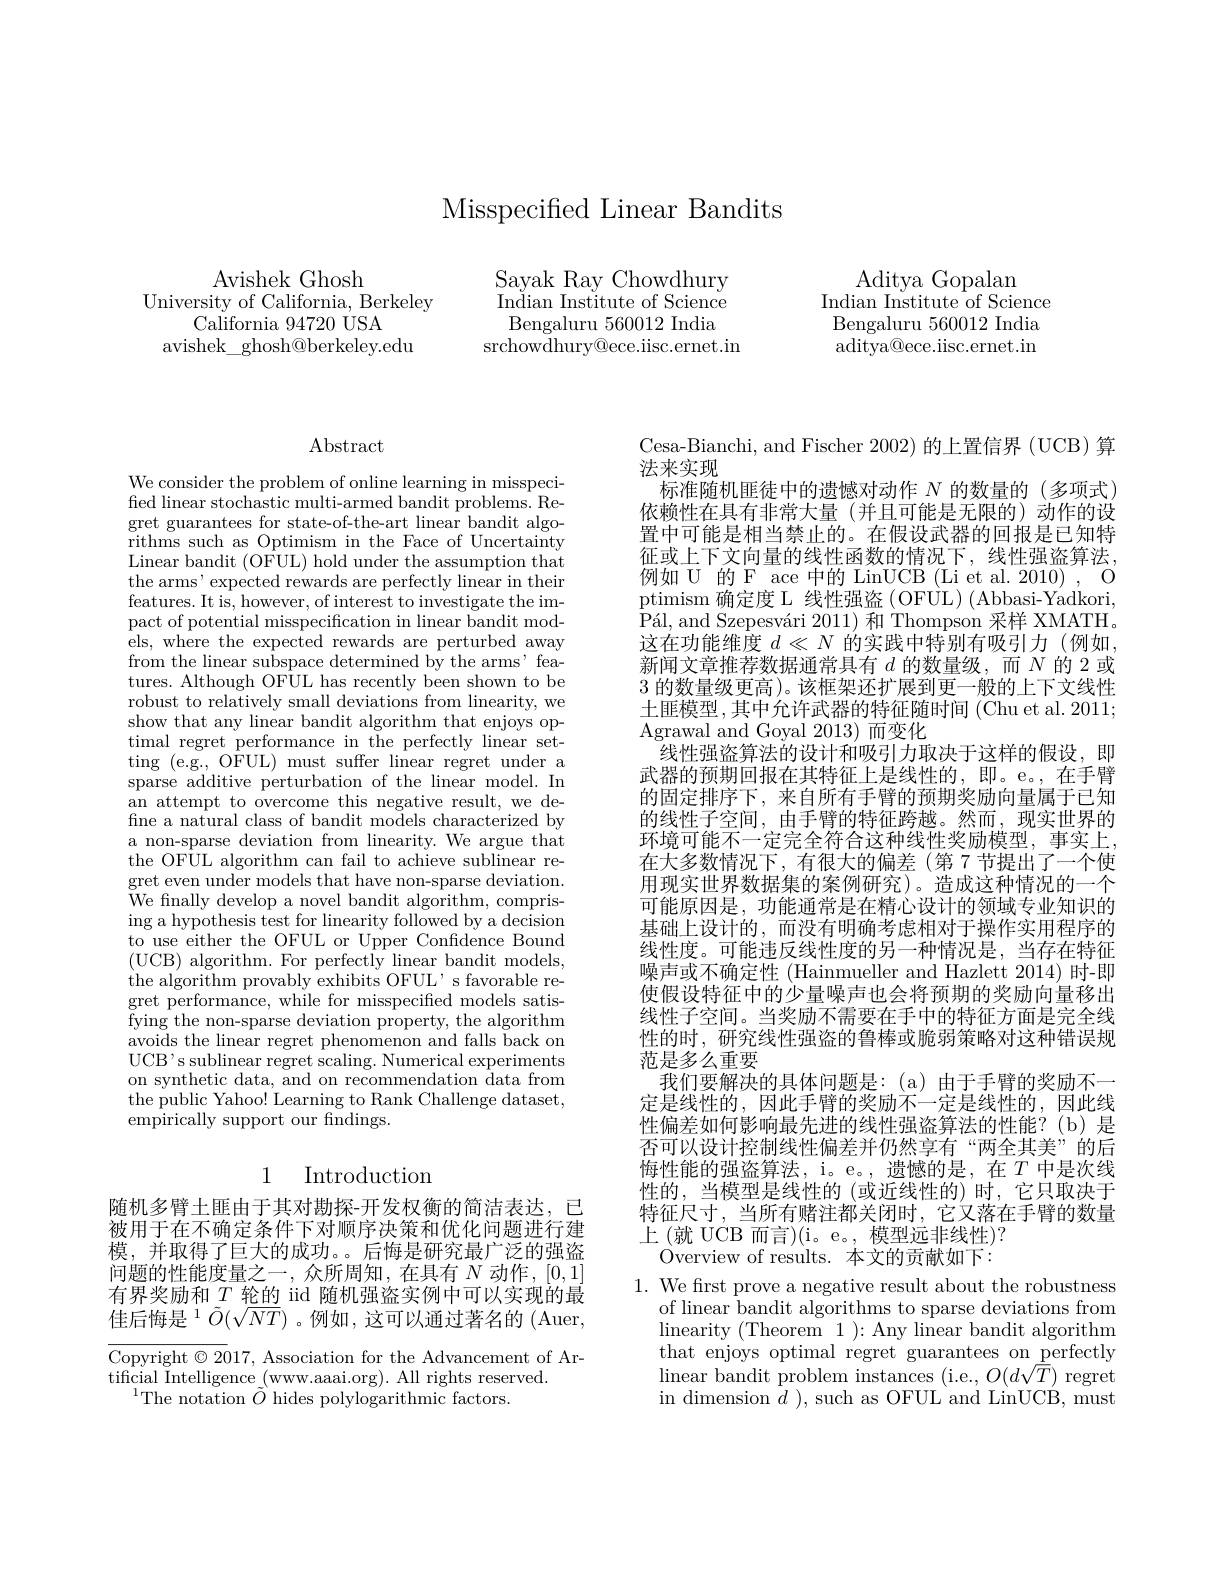
Misspecified Linear Bandits

Aditya Gopalan
Indian Institute of Science Bengaluru 560012 India aditya@ece.iisc.ernet.in

Avishek Ghosh
University of California, Berkeley
California 94720 USA
avishek\_ghosh@berkeley.edu

Sayak Ray Chowdhury In$\overset{\mathrm{Indian~Institute~of~Science}}$ Bengaluru 560012 India
srchowdhury@ece.iisc.ernet.in

$\operatorname{Abstract}$

We consider the problem of online learning in misspecified linear stochastic multi-armed bandit problems. Re- $\begin{array}{c}\mathrm{gret~guarantees~for~state-of-the-art~linear~bandit~algo-}\\\mathrm{gret~guarantees~for~state-of-the-art~linear~bandit~algo-}\end{array}$ $\bar{\text{rithms such as Optimism in the Face of Uncertainty}}$ Linear bandit (OFUL) hold under the assumption that the arms' expected rewards are perfectly linear in their features. It is, however, of interest to investigate the impact of potential misspecification in linear bandit models, where the expected rewards are perturbed away from the linear subspace determined by the arms' features. Although OFUL has recently been shown to be robust to relatively small deviations from linearity, we show that any linear bandit algorithm that enjoys optimal regret performance in the perfectly linear setting (e.g., O$\hat{\mathrm{FUL}})$ must suffer linear regret under a sparse additive perturbation of the linear model. In an attempt to overcome this negative result, we define a natural class of bandit models characterized by a non-sparse deviation from linearity. We argue that the OFUL algorithm can fail to achieve sublinear regret even under models that have non-sparse deviation. We fnally develop a novel bandit algorithm, comprising a hypothesis test for linearity followed by a decision to use either the OFUL or Upper Confidence Bound ( UCB) algorithm. For perfectly linear bandit models, the algorithm provably exhibits OFUL's favorable regret performance, while for misspecified models satis- ${\mathrm{fying~the~non-sparse~deviation~property,~the~algorithm}}$ avoids the linear regret phenomenon and falls back on UC$B^{\prime }$s sublinear regret scaling. Numerical experiments on synthetic data, and on recommendation $\hat{\text{data from}}$ the public Yahoo! Learning to Rank Challenge dataset, $\hat{\text{empirically support our findings.}}$

## 1 Introduction

随机多臂土匪由于其对勘探-开发权衡的简洁表达，已被用于在不确定条件下对顺序决策和优化问题进行建模，并取得了巨大的成功。后悔是研究最广泛的强盗问题的性能度量之一，众所周知，在具有$N$动作，[0,1] 有界奖励和$T$ 轮的 iid 随机强盗实例中可以实现的最佳后悔是$^1\tilde{O}(\sqrt{NT})$。例如，这可以通过著名的 (Auer,

Copyright $\odot2017$, Association for the Advancement of Ar-
tificial Intelligence (www.aaai.org). All rights reserved.
$^{1}$The notation $\tilde{O}$ hides polylogarithmic factors.

Cesa-Bianchi, and Fischer 2002) 的上置信界 (UCB) 算
法来实现
标准随机匪徒中的遗憾对动作$N$的数量的(多项式) 依赖性在具有非常大量(并且可能是无限的)动作的设置中可能是相当禁止的。在假设武器的回报是已知特征或上下文向量的线性函数的情况下，线性强盗算法， 例如 U 的 F ace 中的 LinUCB (Li et al. 2010) , C ptimism 确定度 L 线性强盗 (OFUL) (Abbasi-Yadkori, $\bar{P} \' {a}$l, andSzepesv$\' {a}$ri2011) 和 Thompson 采样 XMATH。这在功能维度$d\ll N$的实践中特别有吸引力(例如， 新闻文章推荐数据通常具有$d$ 的数量级，而$N$ 的2或3的数量级更高)。该框架还扩展到更一般的上下文线性土匪模型，其中允许武器的特征随时间 (Chu et al. 2011; Agrawal and Goyal 2013)而变化
线性强盗算法的设计和吸引力取决于这样的假设，即武器的预期回报在其特征上是线性的，即。e。,在手臂的固定排序下，来自所有手臂的预期奖励向量属于已知的线性子空间，由手臂的特征跨越。然而，现实世界的环境可能不一定完全符合这种线性奖励模型，事实上， 在大多数情况下，有很大的偏差(第7节提出了一个使用现实世界数据集的案例研究)。造成这种情况的一个可能原因是，功能通常是在精心设计的领域专业知识的基础上设计的，而没有明确考虑相对于操作实用程序的线性度。可能违反线性度的另一种情况是，当存在特征噪声或不确定性 (Hainmueller and Hazlett 2014) 时-即使假设特征中的少量噪声也会将预期的奖励向量移出线性子空间。当奖励不需要在手中的特征方面是完全线性的时，研究线性强盗的鲁棒或脆弱策略对这种错误规范是多么重要
我们要解决的具体问题是：(a)由于手臂的奖励不一定是线性的，因此手臂的奖励不一定是线性的，因此线性偏差如何影响最先进的线性强盗算法的性能？(b)是否可以设计控制线性偏差并仍然享有“两全其美”的后悔性能的强盗算法，i。e。,遗憾的是，在$T$ 中是次线性的，当模型是线性的(或近线性的)时，它只取决于特征尺寸，当所有赌注都关闭时，它又落在手臂的数量上 (就 UCB 而言)(i。e。, 模型远非线性)?
Overview of results. 本文的贡献如下：
1. We frst prove a negative result about the robustness
of linear bandit algorithms to sparse deviations from linearity (Theorem 1 ): Any linear bandit algorithm

that enjoys optimal regret guarantees on perfectly linear bandit problem instances (i.e., $O(d\sqrt{\bar{T}})$ regret in dimension $\bar{d}$ ), such as OFUL and LinUCB, must